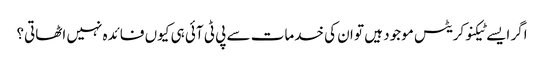
اگر ایسے ٹیکنوکریٹس موجود ہیں تو ان کی خدمات سے پی ٹی آئی ہی کیوں فائدہ نہیں اٹھاتی؟